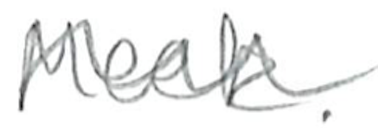
Text: Meek.
Cross-out: wave
Writing tool: pencil